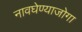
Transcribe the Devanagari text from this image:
नावघेण्याजोगा